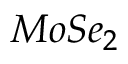
M o S e _ { 2 }